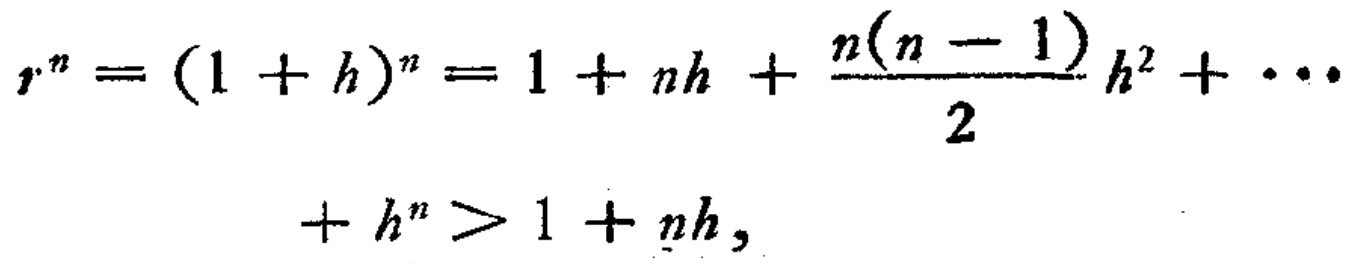
\[
\begin{align*}
r^{n}=(1 + h)^{n}&=1+nh+\frac{n(n - 1)}{2}h^{2}+\cdots\\
&+h^{n}>1+nh,
\end{align*}
\]